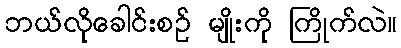
ဘယ်လိုခေါင်းစဉ် မျိုးကို ကြိုက်လဲ။